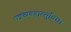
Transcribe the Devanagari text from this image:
पत्रव्यवहारसुविधा